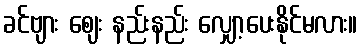
ခင်ဗျား ဈေး နည်းနည်း လျှော့ပေးနိုင်မလား။